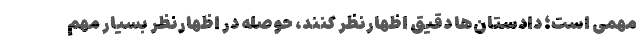
مهمی است؛ دادستان‌ها دقیق اظهارنظر کنند، حوصله در اظهارنظر بسیار مهم